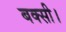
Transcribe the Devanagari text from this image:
बक्सी।